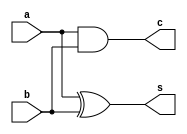
module HA(c,s,a,b);
input a,b;
output c,s;
  assign s=a^b;
  assign c=a&b;
  endmodule